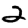
Digit: 2